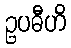
ဥပဓီဟိ